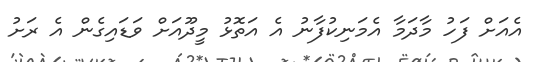
އެއަށް ފަހު މާދަމާ އެމަނިކުފާނު އެ އަތޮޅު މީދޫއަށް ވަޑައިގެން އެ ރަށު